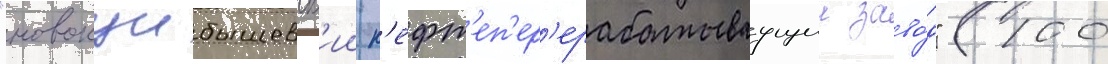
"новокуибышевск'ии н'ефт'еп'ер'ерабатываущии заво́д" (100